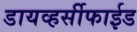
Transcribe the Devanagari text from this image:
डायव्हर्सीफाईड